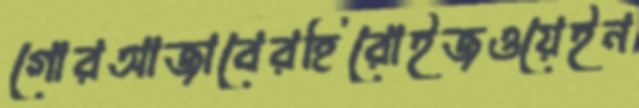
গোরআজাবেরহিরোইজওয়েইন